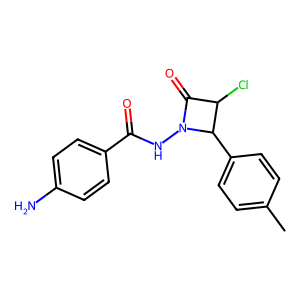
SMILES: Cc1ccc(C2C(Cl)C(=O)N2NC(=O)c2ccc(N)cc2)cc1
Inhibits HIV replication: No